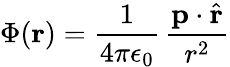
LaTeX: \Phi(\mathbf{r})={\frac{1}{4\pi\epsilon_{0}}}\, {\frac{\mathbf{p}\cdot{\hat{\mathbf{r}}}}{r^{2}}}